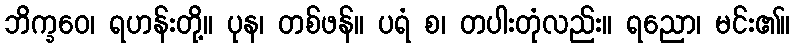
ဘိက္ခဝေ၊ ရဟန်းတို့။ ပုန၊ တစ်ဖန်။ ပရံ စ၊ တပါးတုံလည်း။ ရညော၊ မင်း၏။